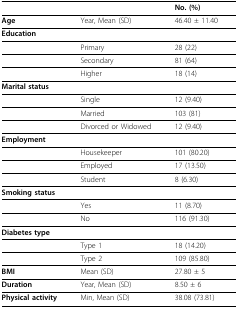
<table><thead><tr><td></td><td></td><td><b>No. (%)</b></td></tr></thead><tbody><tr><td><b>Age</b></td><td>Year, Mean (SD)</td><td>46.40 ± 11.40</td></tr><tr><td><b>Education</b></td><td></td><td></td></tr><tr><td></td><td>Primary</td><td>28 (22)</td></tr><tr><td></td><td>Secondary</td><td>81 (64)</td></tr><tr><td></td><td>Higher</td><td>18 (14)</td></tr><tr><td><b>Marital status</b></td><td></td><td></td></tr><tr><td></td><td>Single</td><td>12 (9.40)</td></tr><tr><td></td><td>Married</td><td>103 (81)</td></tr><tr><td></td><td>Divorced or Widowed</td><td>12 (9.40)</td></tr><tr><td><b>Employment</b></td><td></td><td></td></tr><tr><td></td><td>Housekeeper</td><td>101 (80.20)</td></tr><tr><td></td><td>Employed</td><td>17 (13.50)</td></tr><tr><td></td><td>Student</td><td>8 (6.30)</td></tr><tr><td><b>Smoking status</b></td><td></td><td></td></tr><tr><td></td><td>Yes</td><td>11 (8.70)</td></tr><tr><td></td><td>No</td><td>116 (91.30)</td></tr><tr><td><b>Diabetes type</b></td><td></td><td></td></tr><tr><td></td><td>Type 1</td><td>18 (14.20)</td></tr><tr><td></td><td>Type 2</td><td>109 (85.80)</td></tr><tr><td><b>BMI</b></td><td>Mean (SD)</td><td>27.80 ± 5</td></tr><tr><td><b>Duration</b></td><td>Year, Mean (SD)</td><td>8.50 ± 6</td></tr><tr><td><b>Physical activity</b></td><td>Min, Mean (SD)</td><td>38.08 (73.81)</td></tr></tbody></table>